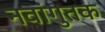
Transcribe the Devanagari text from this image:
नवांगुतक